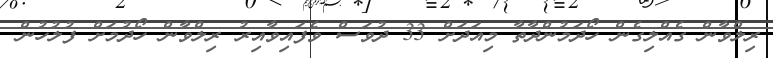
ރިލްވާން ގެއްލިގެން ހޯދަމުންދާތާ މިއަދަށް 33 ދުވަސް ވެފައިވާއިރު ރިލްވާން ހޯދުމަށް ފުލުހުން